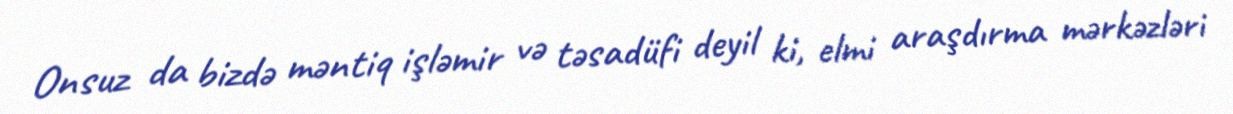
Onsuz da bizdə məntiq işləmir və təsadüfi deyil ki, elmi araşdırma mərkəzləri